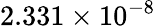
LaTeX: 2.331\times 10^{-8}